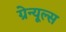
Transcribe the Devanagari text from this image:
ग्रेन्यूल्स